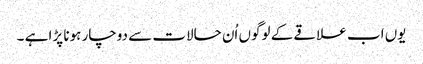
یوں اب علاقے کے لوگوں اُن حالات سے دوچار ہونا پڑا ہے ۔